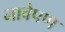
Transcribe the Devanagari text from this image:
नावेपण